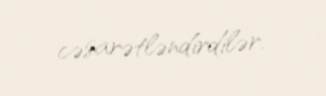
cəsarətləndirdilər.